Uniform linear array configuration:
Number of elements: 12
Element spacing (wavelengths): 0.25
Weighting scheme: binomial
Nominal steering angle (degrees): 0
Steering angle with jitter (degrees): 0.08971
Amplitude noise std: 0.05
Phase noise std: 0.05

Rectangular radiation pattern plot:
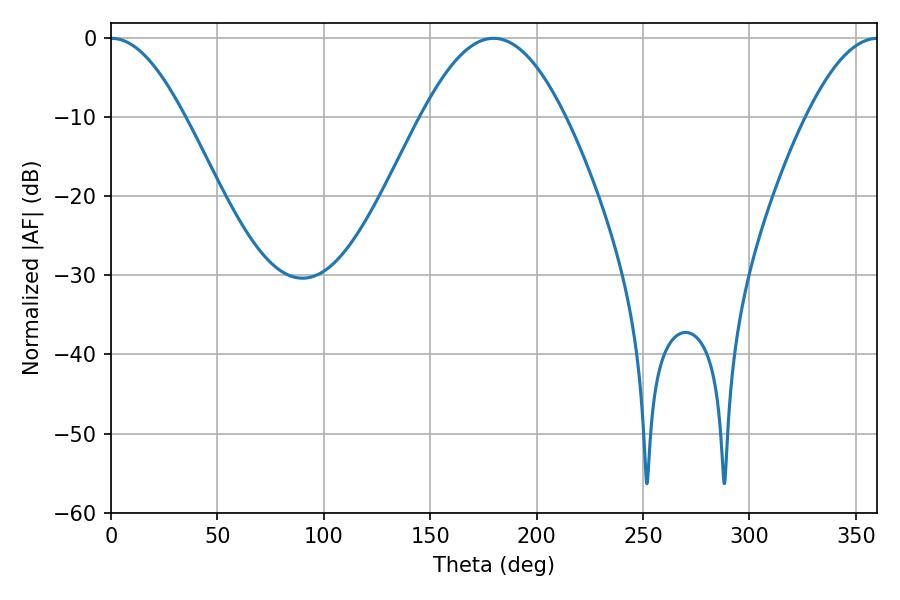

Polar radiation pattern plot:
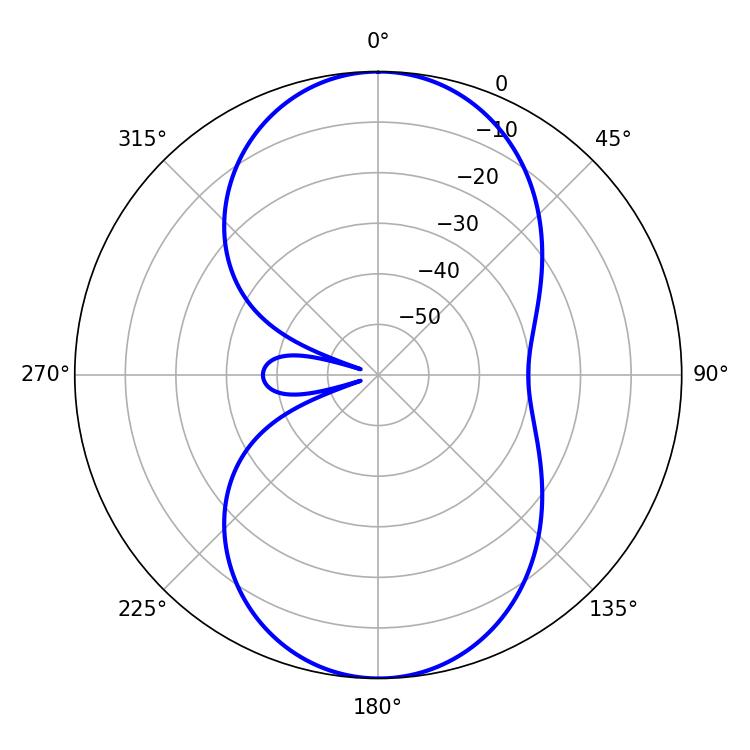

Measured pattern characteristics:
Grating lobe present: FALSE
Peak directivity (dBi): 21.441
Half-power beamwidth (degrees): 18.54
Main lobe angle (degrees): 0.18